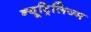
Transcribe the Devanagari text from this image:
न्यूट्रिलिज्म